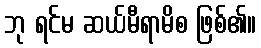
ဘု ရင်မ ဆယ်မီရာမိစ ဖြစ်၏။